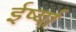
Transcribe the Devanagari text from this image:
ईर्ष्‍या